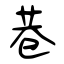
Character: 巷